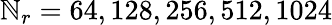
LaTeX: \mathbb{N}_{r}=64,128,256,512,1024